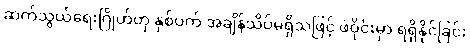
ဆက်သွယ်ရေးဂြိုဟ်တု နှစ်ပက် အချိန်သိပ်မရှိသဖြင့် ဖဲဝိုင်းမှာ ရရှိနိုင်ခြင်း